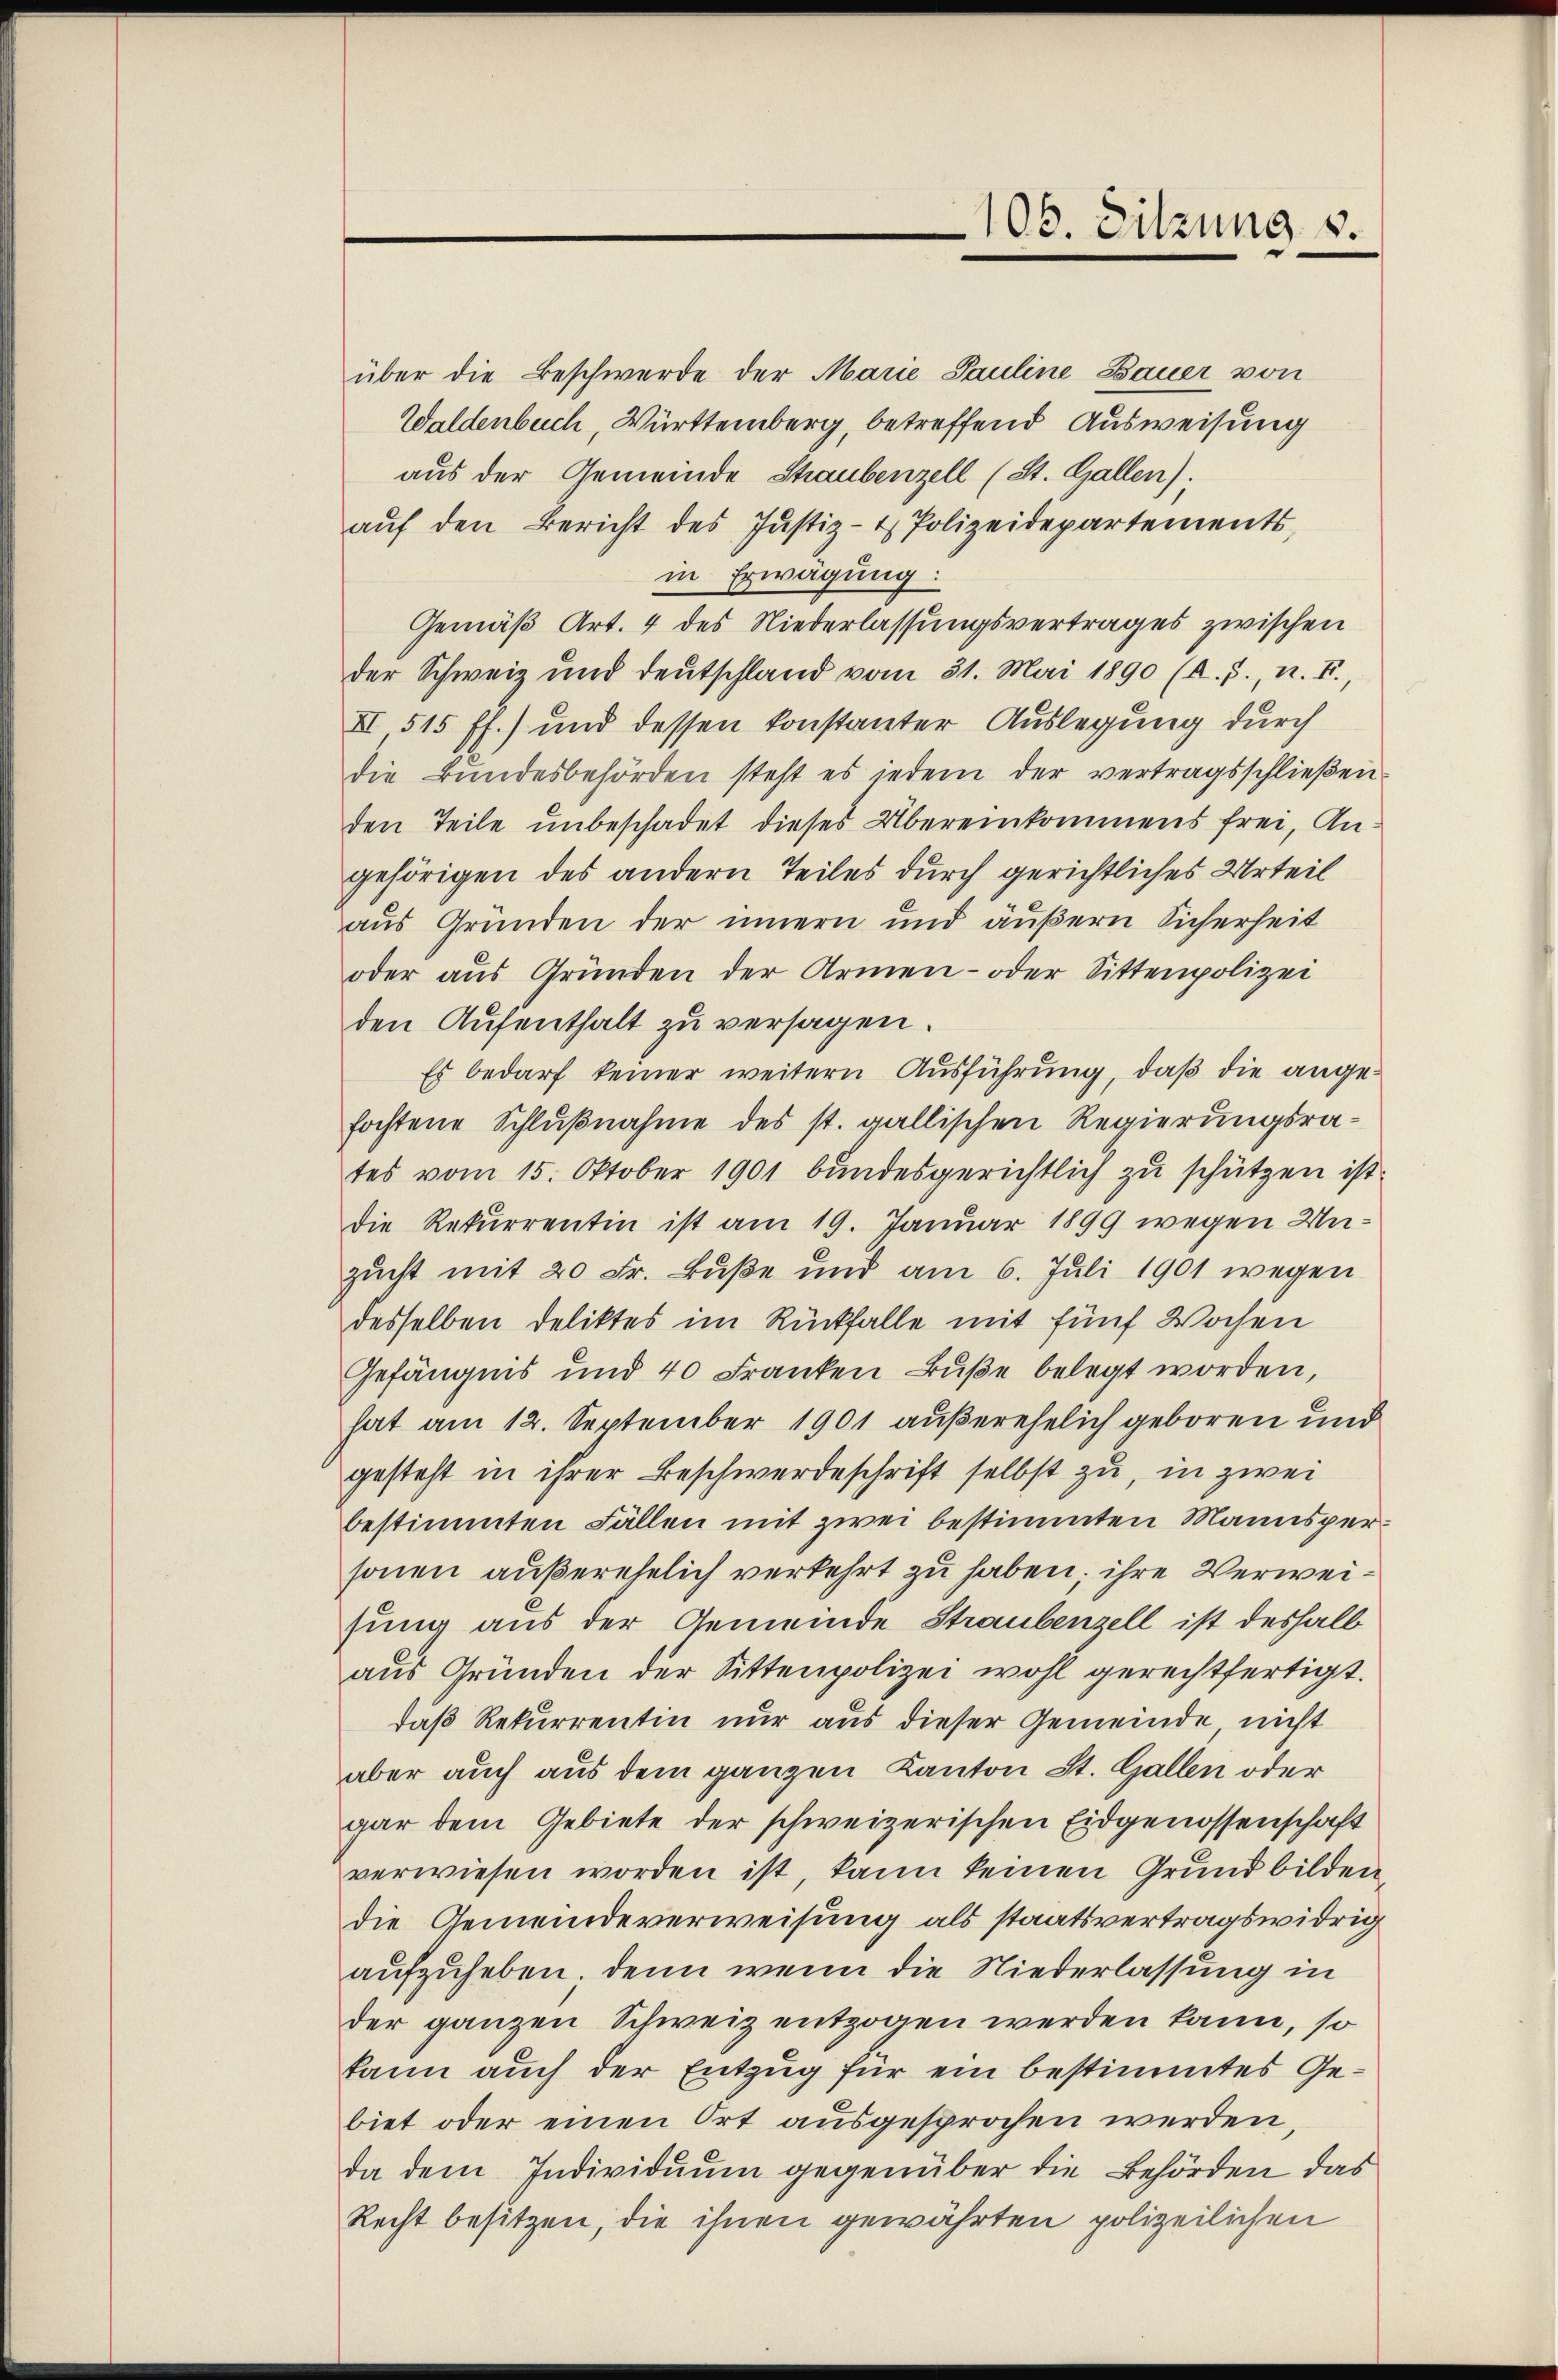
über die Beschwerde der Marie Pauline Bauer von
Waldenbuch, Württemberg, betreffend Ausweisung
aus der Gemeinde Staubenzell (St. Gallen).
aŭf den Bericht des Justiz- & Polizeidepartements,
in Erwägung:
Gemäß Art. 4 des Niederlassungsvertrages zwischen
der Schweiz und deutschland vom 31. Mai 1890 (A. J., n. F.,
XI, 515 ff.) und dessen konstanter Auslegung durch
die Bŭndesbehörden steht es jedem der vertragsschlieβen-
den Teile unbeschadet dieses Übereinkommens frei, Angehörigen des andern Teiles durch gerichtliches Urteil
aus Gründen der innern und äußern Sicherheit
oder aus Gründen der Armen- oder Sittenpolizei
den Aufenthalt zu versagen.
Es bedarf keiner weitern Ausführung, daß die angefochtene Schlußnahme des st. gallischen Regierungsrates vom 15. Oktober 1901 bundesgerichtlich zu schützen ist.
die Rekurrentin ist am 19. Januar 1899 wegen Unzucht mit 20 Fr. Buße und am 6. Juli 1901 wegen
desselben Deliktes im Rückfalle mit fünf Wochen
Gefängnis und 40 Franken Bŭβe belegt worden,
hat am 12. September 1901 außerehelich geboren und
gesteht in ihrer Beschwerdeschrift selbst zu, in zwei
bestimmten Fällen mit zwei bestimmten Mannspersonen außerehelich verkehrt zu haben; ihre Verweisung aus der Gemeinde Straubenzell ist deshalb
aus Gründen der Sittenpolizei wohl gerechtfertigt.
daß Rekurrentin nur aus dieser Gemeinde nicht
aber auch aus dem ganzen Kanton St. Gallen oder
gar dem Gebiete der schweizerischen Eidgenossenschaft
verwiesen worden ist, kann keinen Grund bilden
die Gemeindeverweisung als staatsvertragswidrig
aufzuheben. Denn wenn die Niederlassung in
der ganzen Schweiz entzogen werden kann, so
kann auch der Entzug für ein bestimmtes Gebiet oder einen Ort ausgesprochen werden,
da dem Individuum gegenüber die Behörden das
Recht besitzen, die ihnen gewährten polizeilichen

106. Sitzung v.